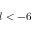
l < - 6